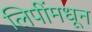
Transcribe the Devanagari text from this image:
लिपींमधून